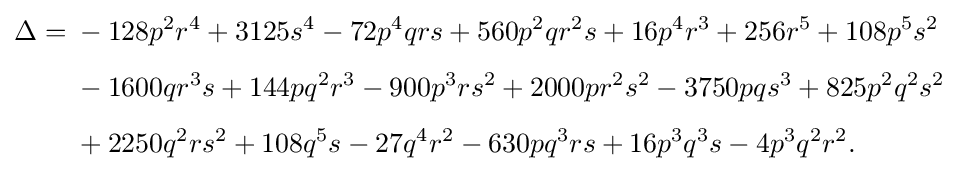
{\begin{aligned}\Delta ={}&-128p^{2}r^{4}+3125s^{4}-72p^{4}qrs+560p^{2}qr^{2}s+16p^{4}r^{3}+256r^{5}+108p^{5}s^{2}\\[4pt]&-1600qr^{3}s+144pq^{2}r^{3}-900p^{3}rs^{2}+2000pr^{2}s^{2}-3750pqs^{3}+825p^{2}q^{2}s^{2}\\[4pt]&+2250q^{2}rs^{2}+108q^{5}s-27q^{4}r^{2}-630pq^{3}rs+16p^{3}q^{3}s-4p^{3}q^{2}r^{2}.\end{aligned}}